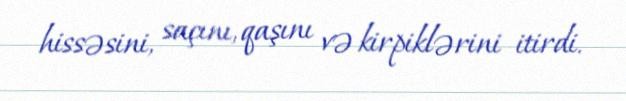
hissəsini, saçını, qaşını və kirpiklərini itirdi.